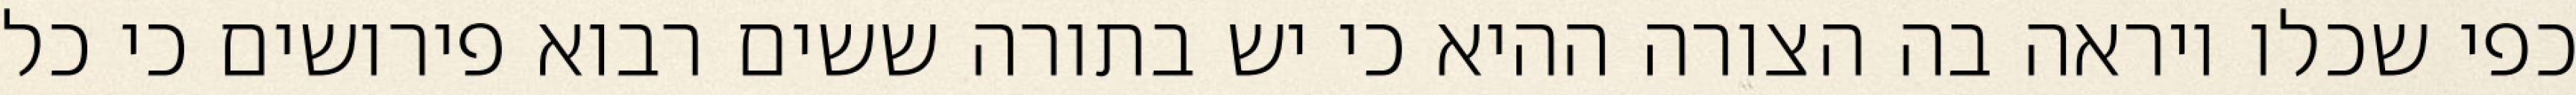
כפי שכלו ויראה בה הצורה ההיא כי יש בתורה ששים רבוא פירושים כי כל